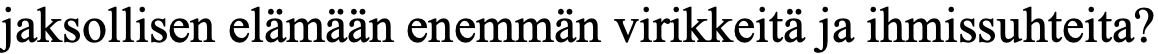
jaksollisen elämään enemmän virikkeitä ja ihmissuhteita?